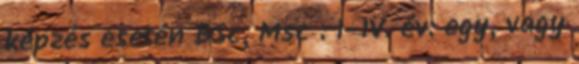
képzés esetén BSc, Msc : I-IV. év: egy, vagy